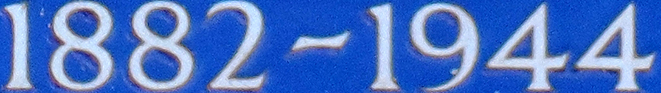
1882-1944